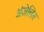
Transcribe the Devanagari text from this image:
अंजेलिस